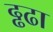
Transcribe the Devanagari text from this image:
ढ्ढढा